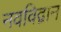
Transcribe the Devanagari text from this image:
नवविद्वान